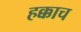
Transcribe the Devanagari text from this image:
हक्काच